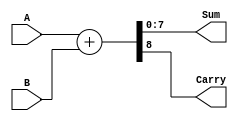
module Adder (
    input wire [7:0] A,
    input wire [7:0] B,
    output wire [7:0] Sum,
    output wire Carry
);

assign {Carry, Sum} = A + B;

endmodule